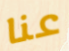
عنا